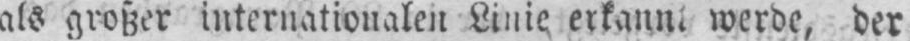
werde, der